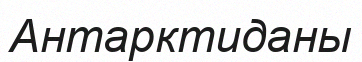
Антарктиданы